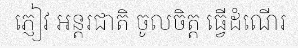
ភ្ញៀវ អន្តរជាតិ ចូលចិត្ត ធ្វើដំណើរ